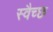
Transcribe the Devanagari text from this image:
स्वैच्छ